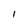
Character: I